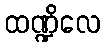
ထဏ္ဍိလေ